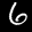
Digit: 6